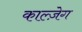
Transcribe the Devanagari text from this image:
काल्ज़ेग